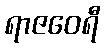
ရာဇဝေရီ